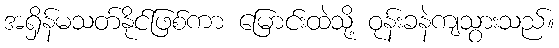
အရှိန်မသတ်နိုင်ဖြစ်ကာ မြောင်းထဲသို့ ဝုန်းခနဲကျသွားသည်။